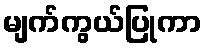
မျက်ကွယ်ပြုကာ